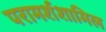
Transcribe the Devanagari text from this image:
परामर्शशामिल